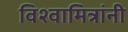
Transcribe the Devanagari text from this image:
विश्वामित्रांनी